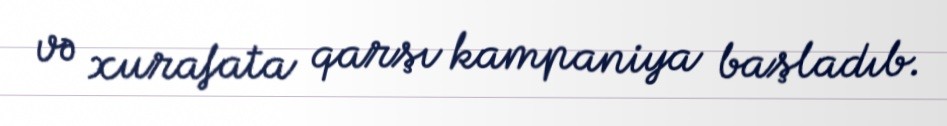
və xurafata qarşı kampaniya başladıb.